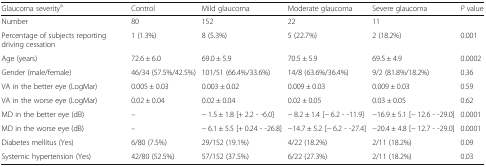
<table><thead><tr><td><b>Glaucoma severity<sup>a</sup></b></td><td><b>Control</b></td><td><b>Mild glaucoma</b></td><td><b>Moderate glaucoma</b></td><td><b>Severe glaucoma</b></td><td><b><i>P</i> value</b></td></tr></thead><tbody><tr><td>Number</td><td>80</td><td>152</td><td>22</td><td>11</td><td></td></tr><tr><td>Percentage of subjects reporting driving cessation</td><td>1 (1.3%)</td><td>8 (5.3%)</td><td>5 (22.7%)</td><td>2 (18.2%)</td><td>0.001</td></tr><tr><td>Age (years)</td><td>72.6 ± 6.0</td><td>69.0 ± 5.9</td><td>70.5 ± 5.9</td><td>69.5 ± 4.9</td><td>0.0002</td></tr><tr><td>Gender (male/female)</td><td>46/34 (57.5%/42.5%)</td><td>101/51 (66.4%/33.6%)</td><td>14/8 (63.6%/36.4%)</td><td>9/2 (81.8%/18.2%)</td><td>0.36</td></tr><tr><td>VA in the better eye (LogMar)</td><td>0.005 ± 0.03</td><td>0.003 ± 0.02</td><td>0.009 ± 0.03</td><td>0.009 ± 0.03</td><td>0.59</td></tr><tr><td>VA in the worse eye (LogMar)</td><td>0.02 ± 0.04</td><td>0.02 ± 0.04</td><td>0.02 ± 0.05</td><td>0.03 ± 0.05</td><td>0.62</td></tr><tr><td>MD in the better eye (dB)</td><td>–</td><td>− 1.5 ± 1.8 [+ 2.2 - -6.0]</td><td>− 8.2 ± 1.4 [− 6.2 - -11.9]</td><td>−16.9 ± 5.1 [− 12.6 - -29.0]</td><td>0.0001</td></tr><tr><td>MD in the worse eye (dB)</td><td>–</td><td>− 6.1 ± 5.5 [+ 0.24 - -26.8]</td><td>−14.7 ± 5.2 [− 6.2 - -27.4]</td><td>−20.4 ± 4.8 [− 12.7 - -29.0]</td><td>0.0001</td></tr><tr><td>Diabetes mellitus (Yes)</td><td>6/80 (7.5%)</td><td>29/152 (19.1%)</td><td>4/22 (18.2%)</td><td>2/11 (18.2%)</td><td>0.09</td></tr><tr><td>Systemic hypertension (Yes)</td><td>42/80 (52.5%)</td><td>57/152 (37.5%)</td><td>6/22 (27.3%)</td><td>2/11 (18.2%)</td><td>0.03</td></tr></tbody></table>